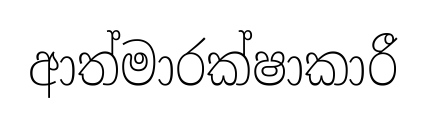
ආත්මාරක්ෂාකාරී